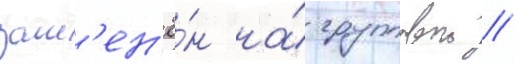
зам'ен'ё́н на́ групповои //